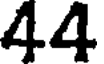
44